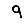
Digit: 9